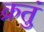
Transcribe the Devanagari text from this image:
क्रतुं